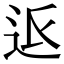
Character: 𮞅